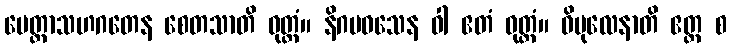
မေတ္တာသဟဂတေန စေတသာတိ ဝုတ္တံ။ နိဂမဝသေန ဝါ ဧတံ ဝုတ္တံ။ ဝိပုလေနာတိ ဧတ္ထ စ